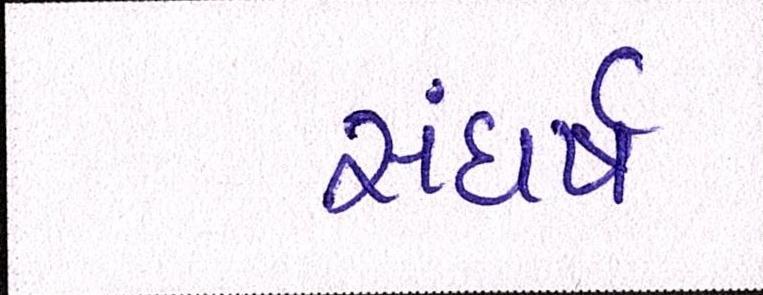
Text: સંઘર્ષ